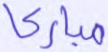
مباركا